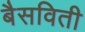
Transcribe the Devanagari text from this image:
बैसविती